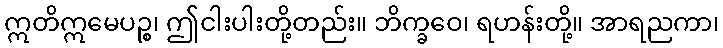
ဣတိဣမေပဉ္စ၊ ဤငါးပါးတို့တည်း။ ဘိက္ခဝေ၊ ရဟန်းတို့။ အာရညကာ၊